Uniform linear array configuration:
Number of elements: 32
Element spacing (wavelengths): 0.75
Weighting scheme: cosine
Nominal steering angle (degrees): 15
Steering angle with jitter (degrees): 14.326
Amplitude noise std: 0.05
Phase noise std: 0.05

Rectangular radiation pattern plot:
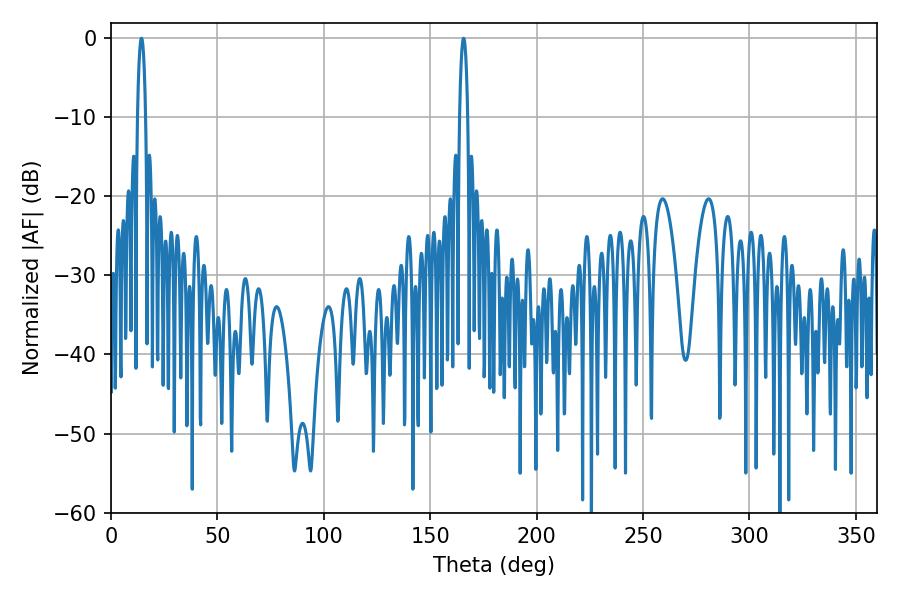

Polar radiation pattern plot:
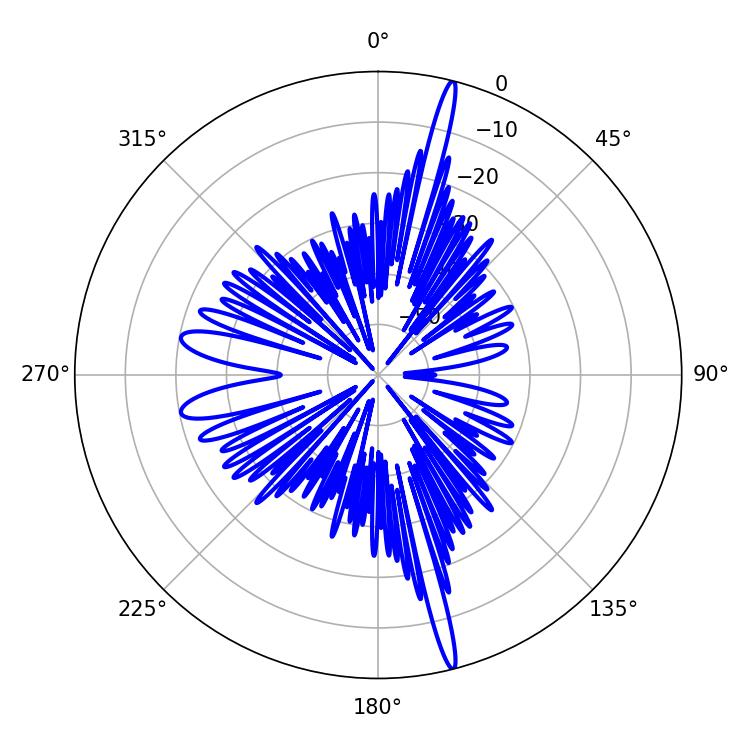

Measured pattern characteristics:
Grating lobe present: TRUE
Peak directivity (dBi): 20.428
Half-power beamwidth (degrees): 1.98
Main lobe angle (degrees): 14.4